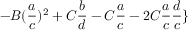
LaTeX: - B ( \frac { a } { c } ) ^ { 2 } + C \frac { b } { d } - C \frac { a } { c } - 2 C \frac { a } { c } \frac { d } { c } \}